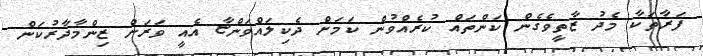
ފަރާތަކާ މެދު ޒާތީވެގެން ކަންތައް ކުރެއްވުން ކަމަށް ދެކިލައްވަންޏާ އެއީ ވަރަށް ޒިންމާދާރުކަން